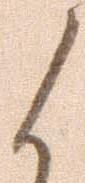
候